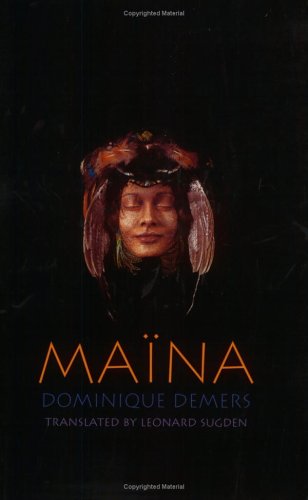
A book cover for Maina; Dominique Demers; Literature & Fiction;